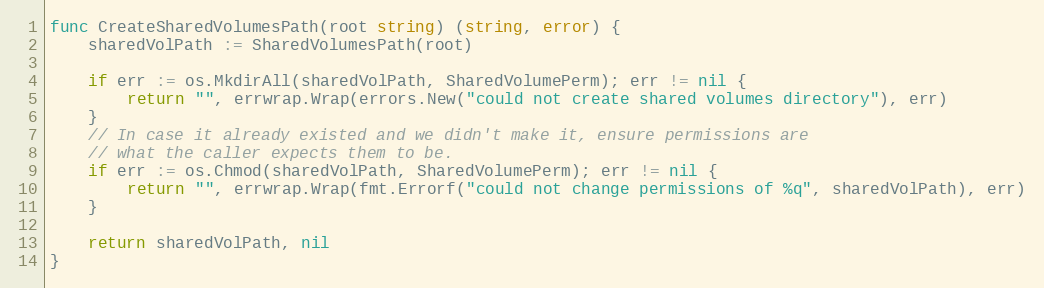
Language: Go
func CreateSharedVolumesPath(root string) (string, error) {
	sharedVolPath := SharedVolumesPath(root)

	if err := os.MkdirAll(sharedVolPath, SharedVolumePerm); err != nil {
		return "", errwrap.Wrap(errors.New("could not create shared volumes directory"), err)
	}
	// In case it already existed and we didn't make it, ensure permissions are
	// what the caller expects them to be.
	if err := os.Chmod(sharedVolPath, SharedVolumePerm); err != nil {
		return "", errwrap.Wrap(fmt.Errorf("could not change permissions of %q", sharedVolPath), err)
	}

	return sharedVolPath, nil
}